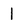
Character: 1